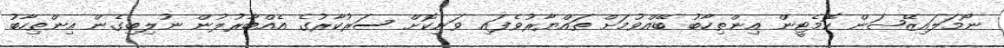
ނޯމަލައިޒޭޝަން ކޮމެޓީން އިންތިހާބު ބޭއްވުމަށް ތައްޔާރުވެފައި ވަނިކޮށް ސަރުކާރުގެ އެއްބާރުލުން ނުލިބިގެން އިންތިހާބު